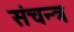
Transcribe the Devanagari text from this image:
संचन्त्र